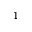
1